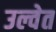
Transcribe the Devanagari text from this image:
उल्वेत